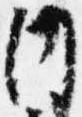
内